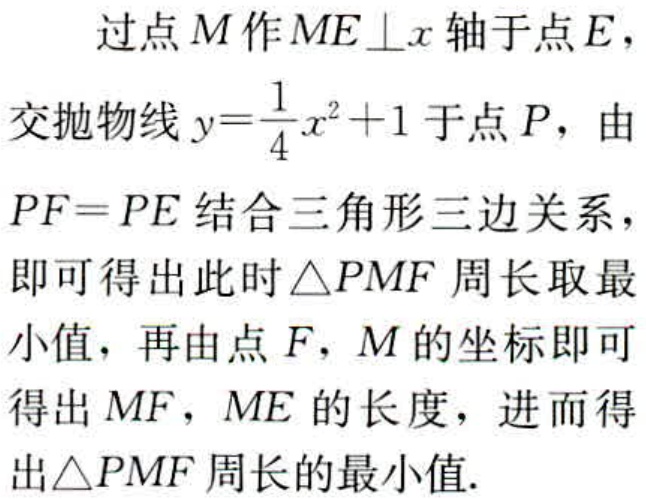
过点\(M\)作\(ME\perp x\)轴于点\(E\)，
交抛物线\(y = \frac{1}{4}x^{2}+1\)于点\(P\)，由
\(PF = PE\)结合三角形三边关系，
即可得出此时\(\triangle PMF\)周长取最
小值，再由点\(F\)，\(M\)的坐标即可
得出\(MF\)，\(ME\) 的长度，进而得
出\(\triangle PMF\)周长的最小值.